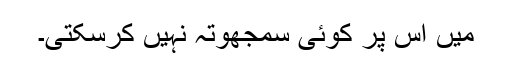
میں اس پر کوئی سمجھوتہ نہیں کرسکتی۔